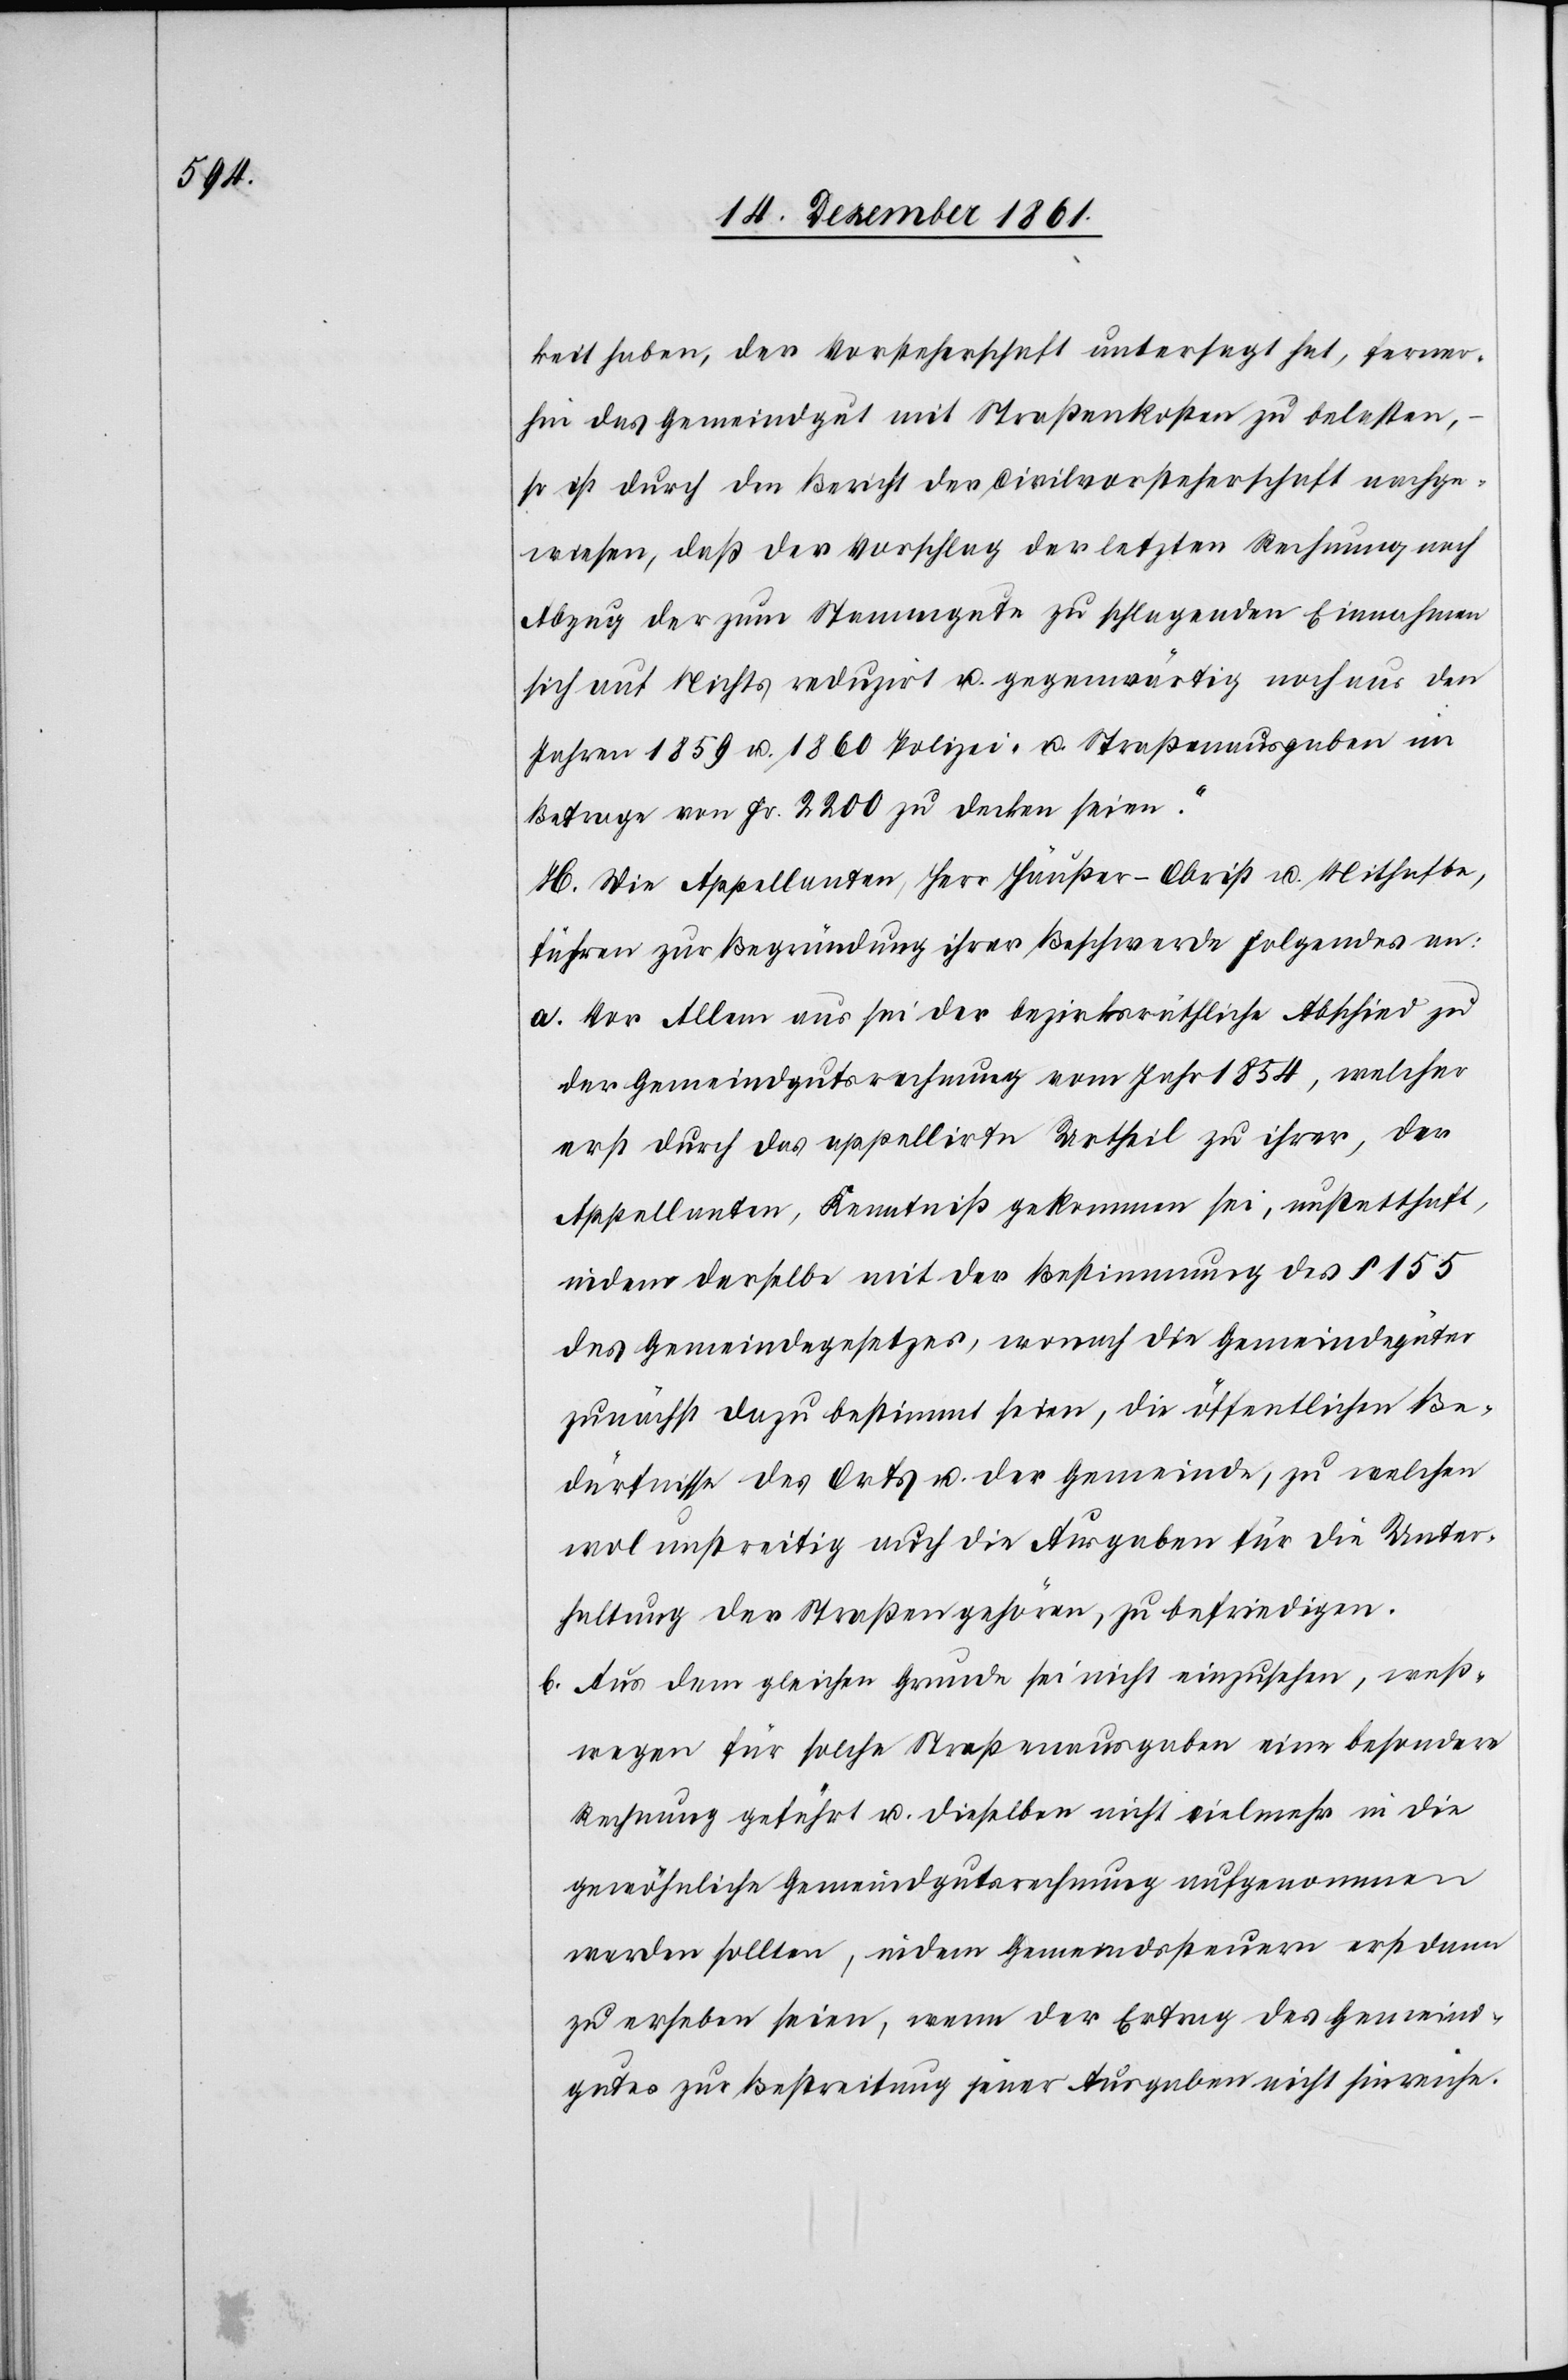
keit haben, der Vorsteherschaft untersagt hat, ferner¬
hin das Gemeindgut mit Straßenkosten zu bestellen,
so ist durch den Bericht der Civilvorsteherschaft nachge¬
wiesen, daß der Vorschlag der letzten Rechnung nach
Abzug der zum Stammgute zu schlagenden Einnahmen
sich auf Nichts reduzirt u. gegenwärtig noch aus den
Jahren 1859 u. 1860 Polizei- u. Straßenausgaben im
Betrage von Fr. 2200 zu decken seien.“
H. Die Appellanten, Herr Häußer-Obrist u. Mithaften,
führen zu Begründung ihrer Beschwerde Folgendes an:
a. Vor Allem aus sei der bezirksräthliche Abschied zu
der Gemeindgutsrechnung vom Jahr 1854, welcher
erst durch das appellirte Urtheil zu ihrer, der
Appellanten, Kenntniß gekommen sei, unstatthaft,
indem derselbe mit der Bestimmung des § 155
des Gemeindegesetzes, wonach die Gemeindgüter
zunächst dazu bestimmt seien, die öffentlichen Be¬
dürfnisse des Orts u. der Gemeinde, zu welchen
wol unstreitig auch die Ausgaben für die Unter¬
haltung der Straßen gehören, zu befriedigen.
b. Aus dem gleichen Grunde sei nicht einzusehen, weß¬
wegen für solche Straßenausgaben eine besondere
Rechnung geführt u. dieselben nicht vielmehr in die
gewöhnliche Gemeindgutsrechnung aufgenommen
werden sollen, indem Gemeindesteuern erst dann
zu erheben seien, wenn der Ertrag des Gemeind¬
gutes zur Bestreitung jener Ausgaben nicht hinreiche.